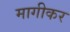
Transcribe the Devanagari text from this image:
मागीकर